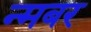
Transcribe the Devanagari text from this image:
न्मबर